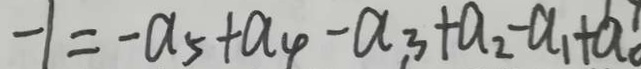
- 1 = - a _ { 5 } + a _ { 4 } - a _ { 3 } + a _ { 2 } - a _ { 1 } + a